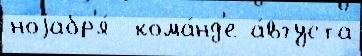
ноjабр'я́  кома́нд'е а́вгуста